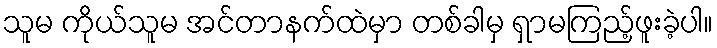
သူမ ကိုယ်သူမ အင်တာနက်ထဲမှာ တစ်ခါမှ ရှာမကြည့်ဖူးခဲ့ပါ။